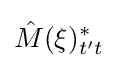
{\hat {M}}(\xi )_{t't}^{*}